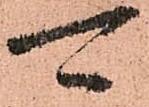
可